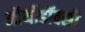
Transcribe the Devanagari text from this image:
ऑर्थोडॉक्सी